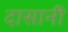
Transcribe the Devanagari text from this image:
दासानी